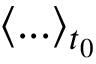
\langle . . . \rangle _ { t _ { 0 } }